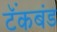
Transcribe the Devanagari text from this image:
टॅंकबंड